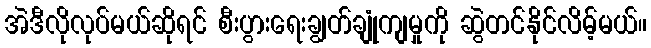
အဲဒီလိုလုပ်မယ်ဆိုရင် စီးပွားရေးချွတ်ချုံကျမှုကို ဆွဲတင်နိုင်လိမ့်မယ်။